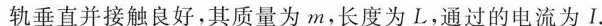
垂直并接触良好，其质量为m，长度为L，通过的电流为I。